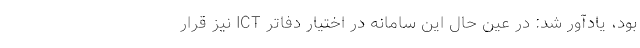
بود، یادآور شد: در عین حال این سامانه در اختیار دفاتر ICT نیز قرار